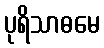
ပုရိသာဓမေ